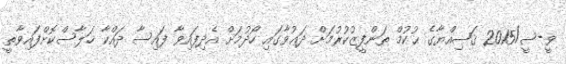
ވީ-ސީ/2015 ޤަޟިއްޔާގެ ޙުކުމް ތަންފީޒުކުރުމަށް ދަޢުވާގައި ހޯދުމަށް އެދިފައިވާ ފައިސާ ދައްކާ ޚަލާސްކޮށްފައިވާތީ